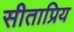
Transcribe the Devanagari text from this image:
सीताप्रिय